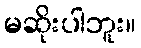
မဆိုးပါဘူး။